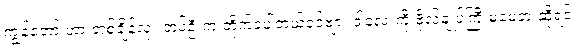
ကျွန်တော် ဟာ တစ်ချိန်လုံး တပ်ဦးက တိုက်ခဲ့ပါတယ်ခင်ဗျား ဒါလေးကို ဗိုလ်ချုပ်ကြီးမမေ့ဘူးဆိုရင်